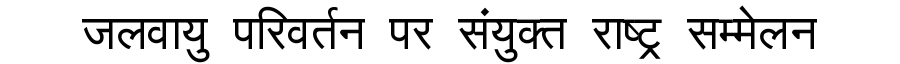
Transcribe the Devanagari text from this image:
जलवायु परिवर्तन पर संयुक्त राष्ट्र सम्मेलन